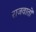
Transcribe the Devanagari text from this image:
राजवातों